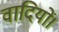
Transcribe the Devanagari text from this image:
वादियों।